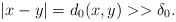
\begin{align*}|x-y|=d_0(x,y)>>\delta_0.\end{align*}